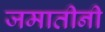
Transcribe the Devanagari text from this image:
जमातीनी